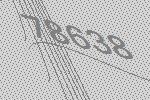
78638